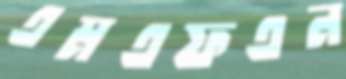
এমএফএন